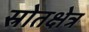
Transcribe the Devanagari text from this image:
स्रोतक्षेत्र